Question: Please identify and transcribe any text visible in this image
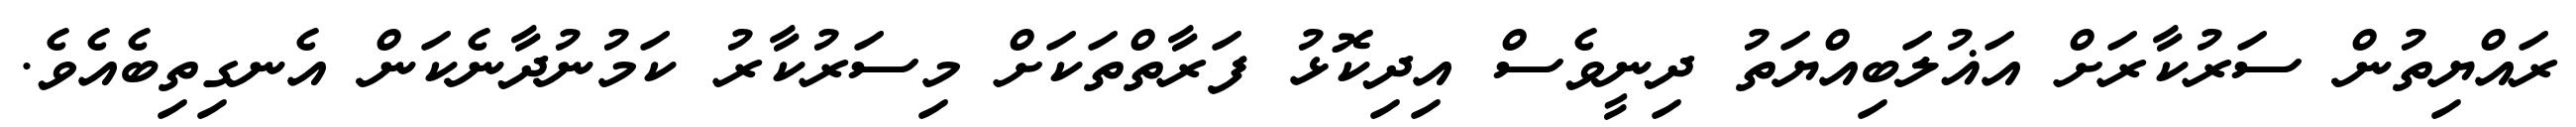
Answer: ރައްޔިތުން ސަރުކާރަށް އަޣުލަބިއްޔަތު ދިނީވެސް އިދިކޮޅު ފަރާތްތަކަށް މިސަރުކާރު ކަމުނުދާނެކަން އެނގިތިބެއެވެ.